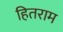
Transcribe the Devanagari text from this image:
हितराम